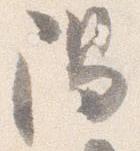
陽